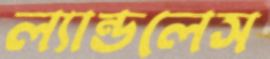
ল্যান্ডলেস